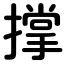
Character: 撑